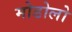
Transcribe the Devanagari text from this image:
मोडोलो